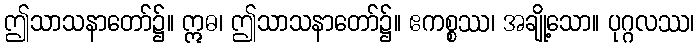
ဤသာသနာတော်၌။ ဣဓ၊ ဤသာသနာတော်၌။ ဧကစ္စဿ၊ အချို့သော။ ပုဂ္ဂလဿ၊